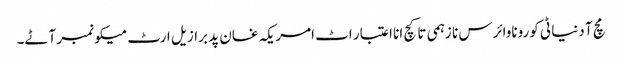
مچ آ دنیا ٹی کوروناوائرس نا زہمی تا کچ انا اعتبار اٹ امریکہ غان پد برازیل ارٹ میکو نمبر آٹے۔